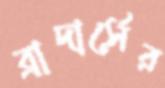
ব্রাদার্সের